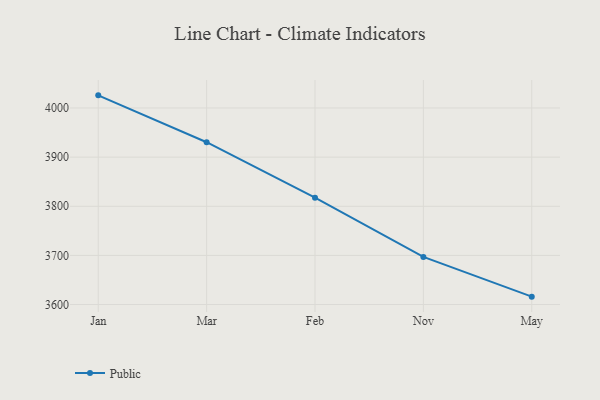
{"axis": {"x": "Month", "y": "Conversion Rate (%)"}, "legend": ["Public"], "data": [{"x": "Jan", "y": 4025.7, "type": "Public"}, {"x": "Mar", "y": 3930.3, "type": "Public"}, {"x": "Feb", "y": 3817.5, "type": "Public"}, {"x": "Nov", "y": 3697.0, "type": "Public"}, {"x": "May", "y": 3616.1, "type": "Public"}]}